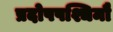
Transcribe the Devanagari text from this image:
प्रदोषपश्चिमौ